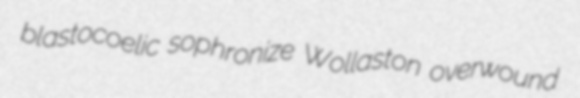
blastocoelic sophronize Wollaston overwound